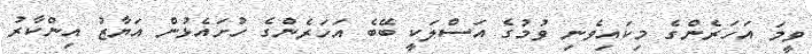
ވީމަ އަހަރެންގެ މިކައިވެނި ވުމުގެ އަސްލަކީ ބޭބެ އަހަރެންގެ ހުށައެޅުން އަޔާޒު އިންކާރު